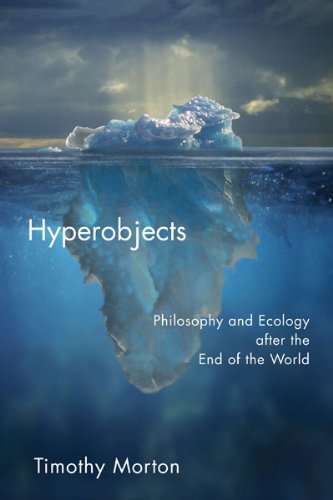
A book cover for Hyperobjects: Philosophy and Ecology after the End of the World (Posthumanities); Timothy Morton; Science & Math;